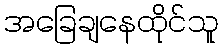
အခြေချနေထိုင်သူ